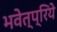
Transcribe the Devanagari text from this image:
भवेत्प्रिये